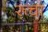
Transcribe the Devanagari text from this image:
रूचा